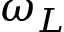
\omega _ { L }